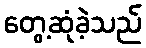
တွေ့ဆုံခဲ့သည်